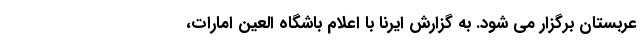
عربستان برگزار می شود. به گزارش ایرنا با اعلام باشگاه العین امارات،